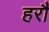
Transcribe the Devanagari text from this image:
हरौं